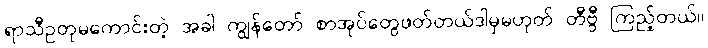
ရာသီဥတုမကောင်းတဲ့ အခါ ကျွန်တော် စာအုပ်တွေဖတ်တယ်ဒါမှမဟုတ် တီဗွီ ကြည့်တယ်။